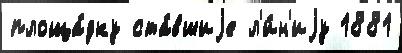
площа́дку ста́вшиjе л'и́н'иjу 1881